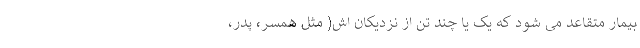
بیمار متقاعد می شود که یک یا چند تن از نزدیکان اش( مثل همسر، پدر،